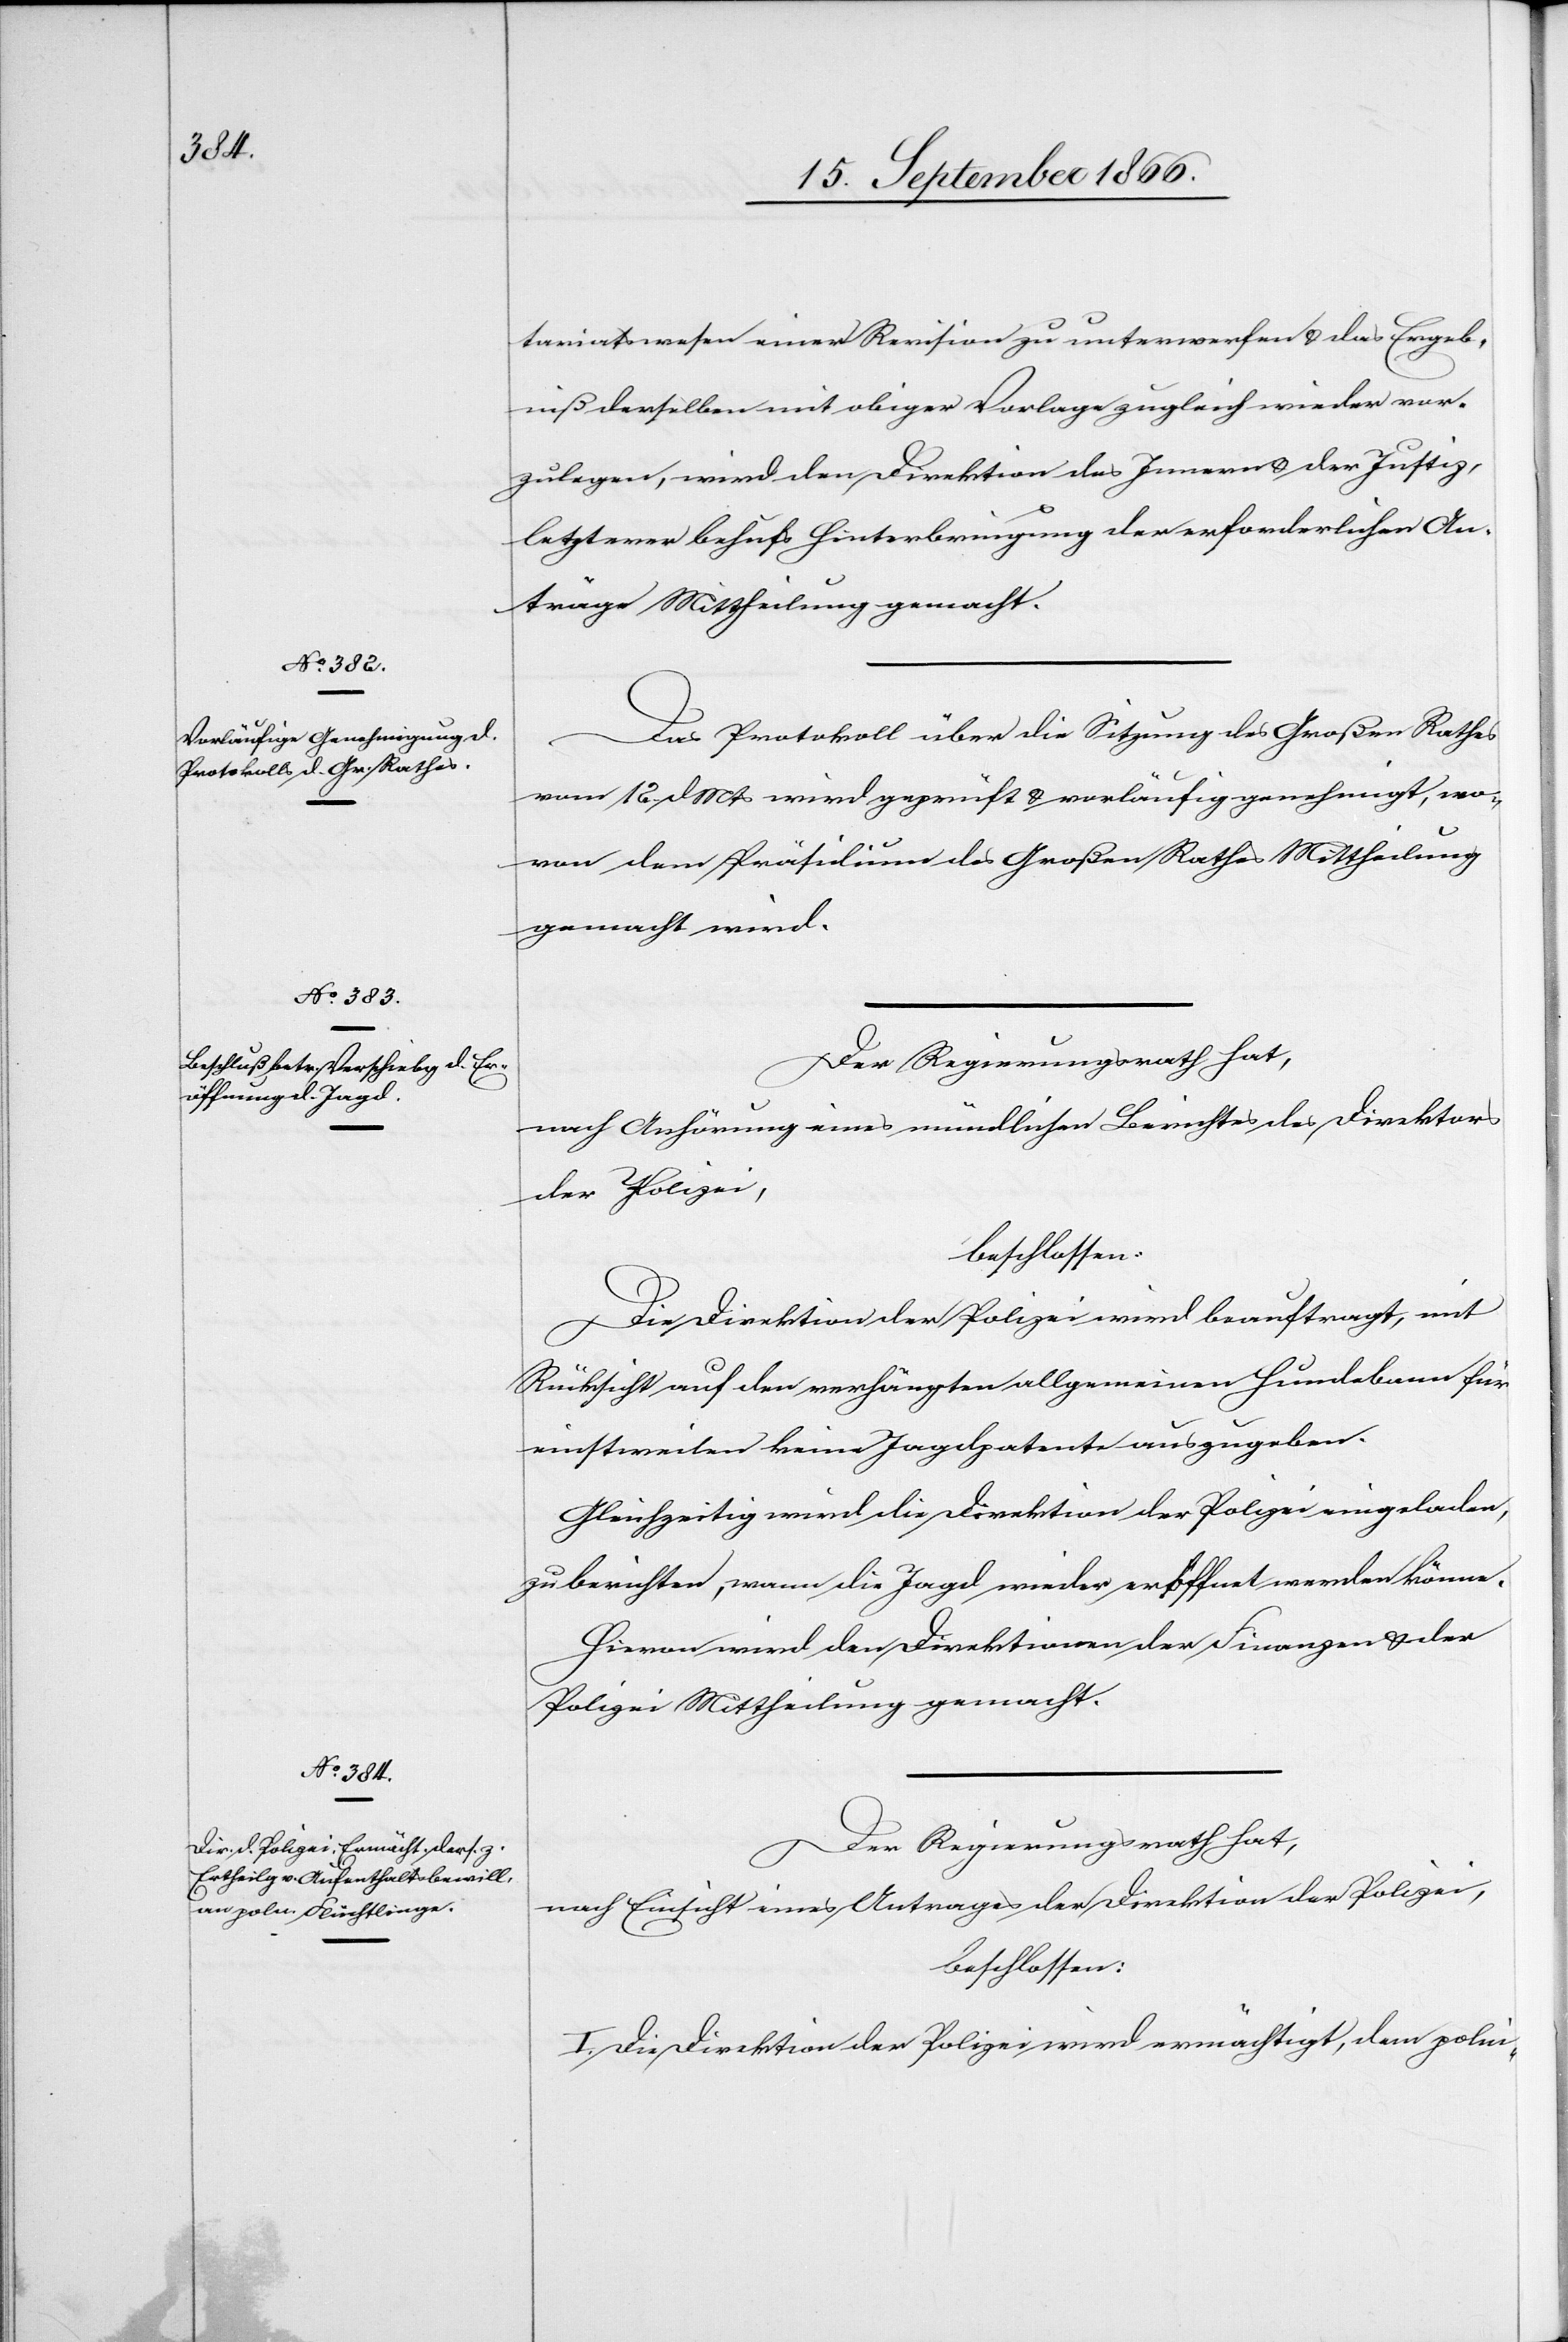
tariatswesen einer Revision zu unterwerfen u. das Ergeb¬
niß derselben mit obiger Vorlage zugleich wieder vor¬
zulegen, wird den Direktion[en] des Innern u. der Justiz,
letzterer behufs Hinterbringung der erforderlichen An¬
träge Mittheilung gemacht.
Das Protokoll über die Sitzung des Großen Rathes
vom 12. dMts wird geprüft u. vorläufig genehmigt, wo¬
von dem Präsidium des Großen Rathes Mittheilung
gemacht wird.
Der Regierungsrath hat,
nach Anhörung eines mündlichen Berichts des Direktors
der Polizei,
beschlossen:
Die Direktion der Polizei wird beauftragt, mit
Rücksicht auf den verhängten allgemeinen Hundebann für
einstweilen keine Jagdpatente auszugeben.
Gleichzeitig wird die Direktion der Polizei eingeladen,
zu berichten, wann die Jagd wieder eröffnet werden könne.
Hievon wird den Direktionen der Finanzen u. der
Polizei Mittheilung gemacht.
Der Regierungsrath hat,
nach Einsicht eines Antrages der Direktion der Polizei,
beschlossen:
I. Die Direktion der Polizei wird ermächtigt, dem polni-